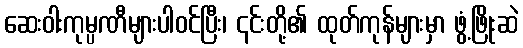
ဆေးဝါးကုမ္ပဏီများပါဝင်ပြီး၊ ၎င်းတို့၏ ထုတ်ကုန်များမှာ ဖွံ့ဖြိုးဆဲ